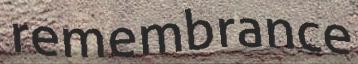
remembrance